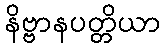
နိဗ္ဗာနပတ္တိယာ